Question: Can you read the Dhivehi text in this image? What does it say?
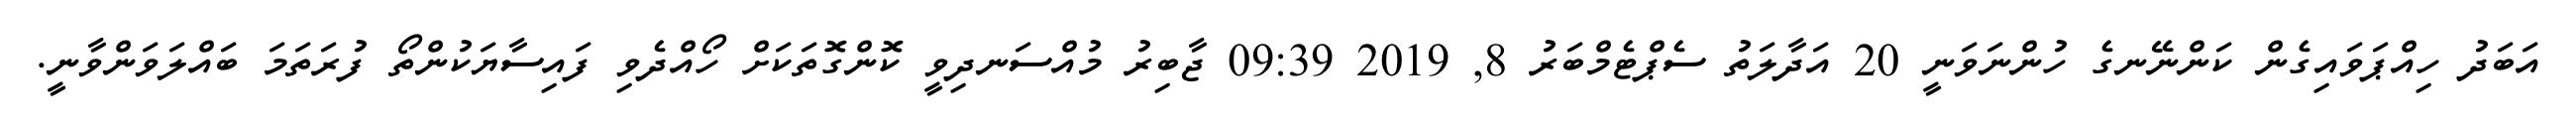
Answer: އަބަދު ހިއްޕަވައިގެން ކަންނޭނގެ ހުންނަވަނީ 20 އަދާލަތު ސެޕްޓެމްބަރު 8, 2019 09:39 ޖާބިރު މުއްސަނދިވީ ކޮންގޮތަކަށް ހޯއްދެވި ފައިސާޔަކުންތޯ ފުރަތަމަ ބައްލަވަންވާނީ.